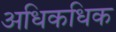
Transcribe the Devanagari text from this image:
अधिकधिक